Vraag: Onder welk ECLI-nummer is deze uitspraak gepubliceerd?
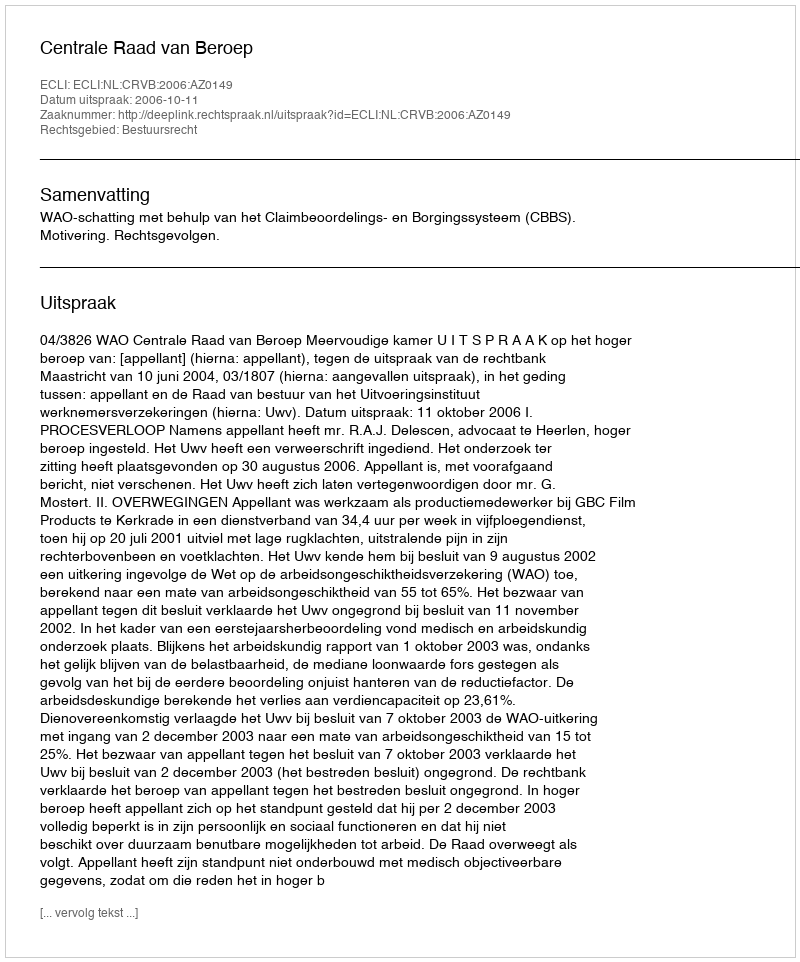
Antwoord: ECLI:NL:CRVB:2006:AZ0149